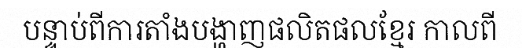
បន្ទាប់ពីការតាំងបង្ហាញផលិតផលខ្មែរ កាលពី